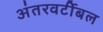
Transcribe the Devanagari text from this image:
अंतरवर्टीबल